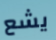
يشع